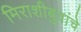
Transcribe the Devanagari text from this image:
मिराशीबुवांचे